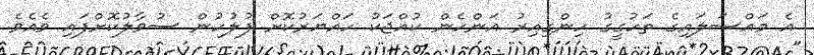
އެ މައްސަލައިގެ ތަހުގީގު ހިންގިއިރު އަންހެން ކުއްޖަކު ހައްޔަރުކޮށް ފުލުހުން ސުވާލުކޮށްފައި ވެއެވެ.